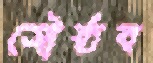
সৌষ্ঠব